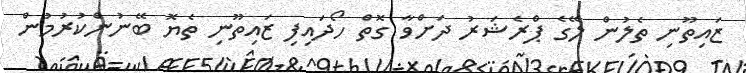
ޒައިތޫނި ތެލުން ލޭގެ ޕްރެޝަރު ދަށްވާ ގޮތް ހޯދައިފި ޒައިތޫނި ތެޔޮ ބޭނުންކުރުމުން